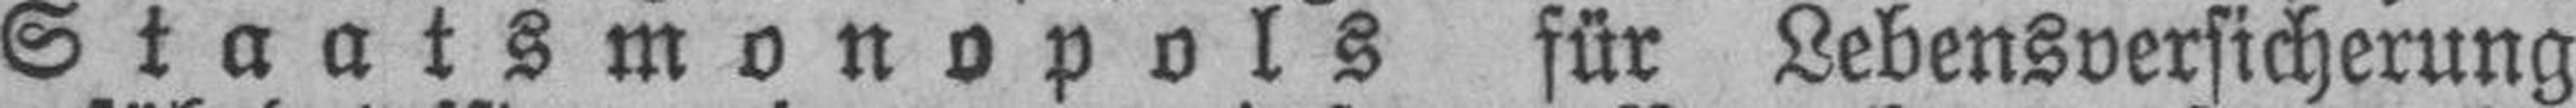
Staatsmonopols für Lebensversicherung